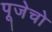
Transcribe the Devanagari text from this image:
पूजेचो